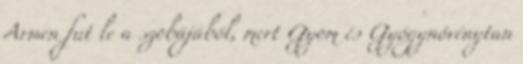
Arwen fut le a szobájából, mert Gyom és Gyógynövénytan